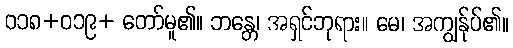
ဝ၁၈+ဝ၁၉+ တော်မူ၏။ ဘန္တေ၊ အရှင်ဘုရား။ မေ၊ အကျွန်ုပ်၏။